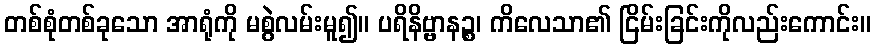
တစ်စုံတစ်ခုသော အာရုံကို မစွဲလမ်းမူ၍။ ပရိနိဗ္ဗာနဉ္စ၊ ကိလေသာ၏ ငြိမ်းခြင်းကိုလည်းကောင်း။